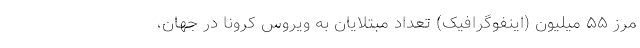
مرز ۵۵ میلیون (اینفوگرافیک) تعداد مبتلایان به ویروس کرونا در جهان،